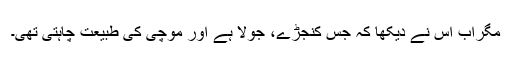
مگراب اس نے دیکھا کہ جس کنجڑے، جولا ہے اور موچی کی طبیعت چاہتی تھی۔